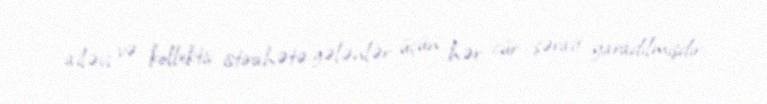
ailəvi və kollektiv istirahətə gələnlər üçün hər cür şərait yaradılmışdır.